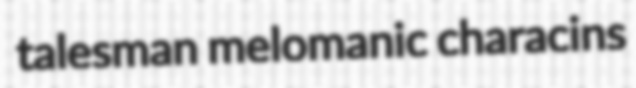
talesman melomanic characins